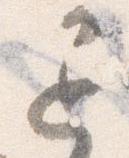
退